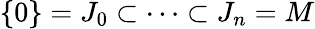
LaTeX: \{ 0\} =J_{0}\subset\cdots\subset J_{n}=M